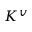
K ^ { v }